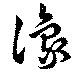
豫